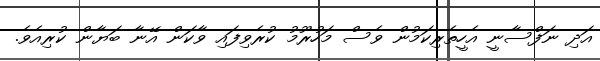
އަދި ނަފްސާނީ އެހީތެރިކަމުން ވެސް މަހުރޫމު ކުރެވިފައި ވާކަން އޭނާ ބަޔާން ކުރިއެވެ.